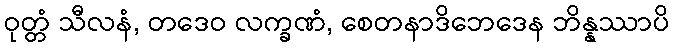
ဝုတ္တံ သီလနံ, တဒေဝ လက္ခဏံ, စေတနာဒိဘေဒေန ဘိန္နဿာပိ